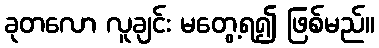
ခုတလော လူချင်း မတွေ့ရ၍ ဖြစ်မည်။